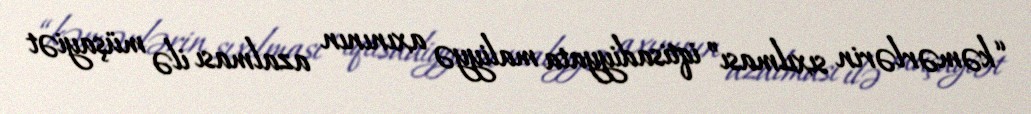
“kəmərlərin sıxılması” iqtisadiyyata maliyyə axınının azalması ilə müşayiət